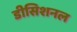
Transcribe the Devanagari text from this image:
डीसिशनल